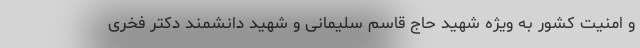
و امنیت کشور به ویژه شهید حاج قاسم سلیمانی و شهیدِ دانشمند دکتر فخری